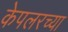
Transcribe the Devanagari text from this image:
केपलरच्या